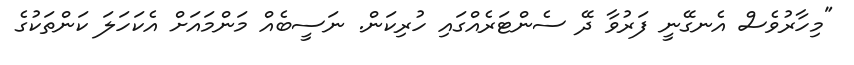
"މިހާރުވެސް އެނގޭނީ ފަރުވާ ދޭ ސެންޓަރެއްގައި ހުރިކަން. ނަސީބެއް މަންމައަށް އެކަހަލަ ކަންތަކުގެ